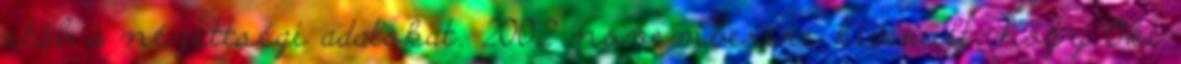
stáb a nézettségi adatokat. 2002 novemberére kiderült, hogy Oki